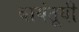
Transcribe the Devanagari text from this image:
बायंतूयी